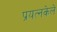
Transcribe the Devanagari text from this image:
प्रयत्‍नकेले